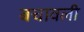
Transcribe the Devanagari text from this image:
बचावली